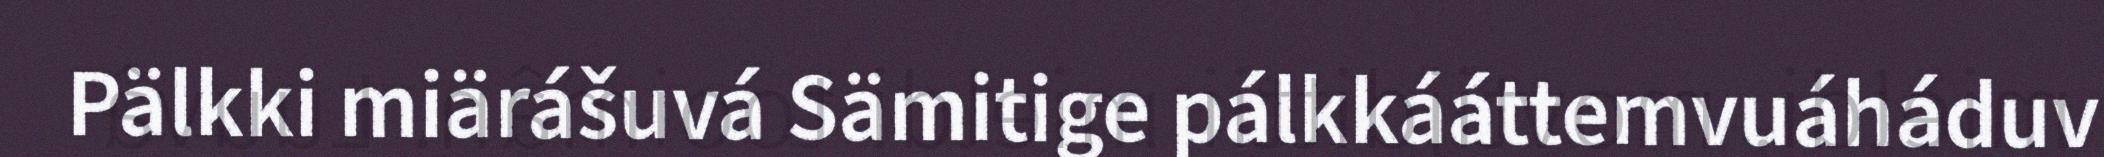
Pälkki miärášuvá Sämitige pálkkááttemvuáháduv